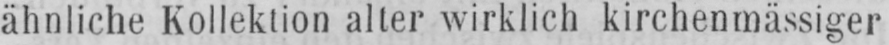
ähnliche Kollektion alter wirklich kirchenmässiger